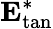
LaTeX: \mathbf{E}_{\mathrm{tan}}^{*}